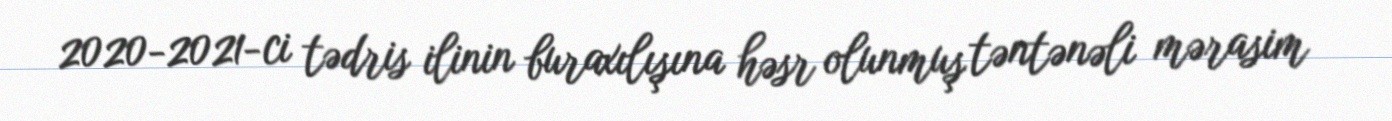
2020-2021-ci tədris ilinin buraxılışına həsr olunmuş təntənəli mərasim